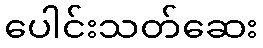
ပေါင်းသတ်ဆေး